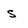
Character: s